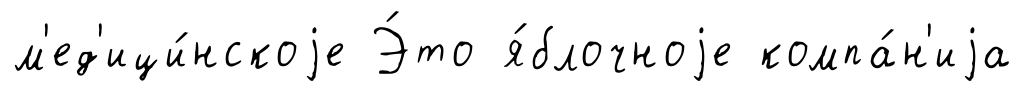
м'ед'ици́нскоjе Э́то я́блочноjе компа́н'иjа